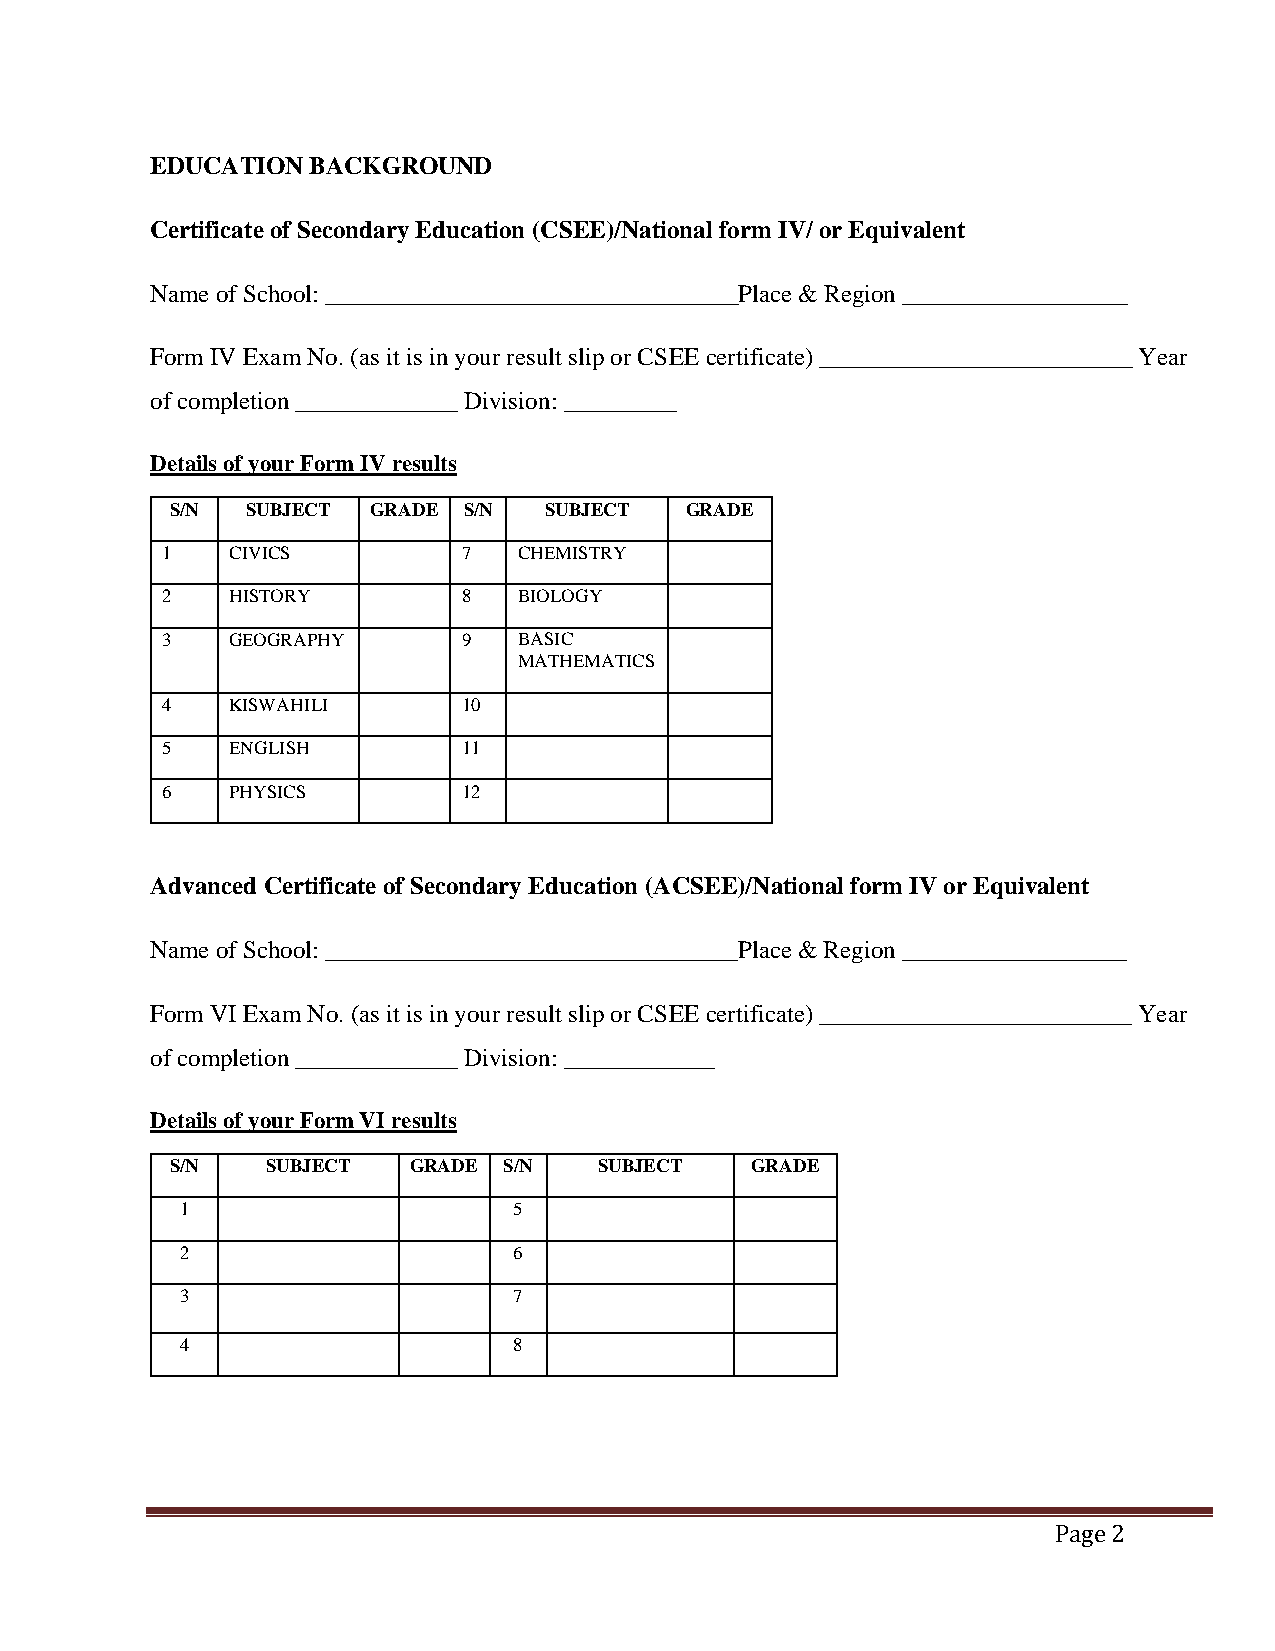
EDUCATION BACKGROUND
 Certificate of Secondary Education (CSEE)/National form IV/ or Equivalent
 Name of School: _________________________________Place & Region __________________
 Form IV Exam No. (as it is in your result slip or CSEE certificate) _________________________ Year
 of completion _____________ Division: _________
 Details of your Form IV results
 S/N  SUBJECT  GRADE S/N  SUBJECT  GRADE
 1   CIVICS          7  CHEMISTRY
 2   HISTORY         8  BIOLOGY
 3   GEOGRAPHY       9  BASIC
 MATHEMATICS
 4   KISWAHILI       10
 5   ENGLISH         11
 6   PHYSICS         12
 Advanced Certificate of Secondary Education (ACSEE)/National form IV or Equivalent
 Name of School: _________________________________Place & Region __________________
 Form VI Exam No. (as it is in your result slip or CSEE certificate) _________________________ Year
 of completion _____________ Division: ____________
 Details of your Form VI results
 S/N    SUBJECT  GRADE S/N    SUBJECT   GRADE
 1                     5
 2                     6
 3                     7
 4                     8
 Page 2